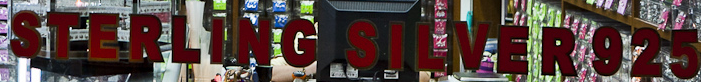
STERLING SILVER 925